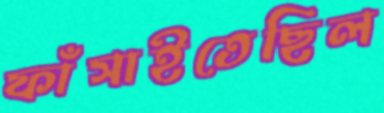
ফাঁসাইতেছিল